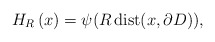
\begin{align*}H_{R}\left( x\right) =\psi(R\,\mathrm{dist}(x,\partial D)),\end{align*}